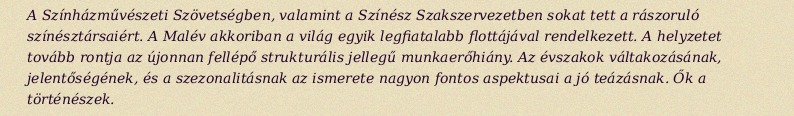
A Színházművészeti Szövetségben, valamint a Színész Szakszervezetben sokat tett a rászoruló színésztársaiért. A Malév akkoriban a világ egyik legfiatalabb flottájával rendelkezett. A helyzetet tovább rontja az újonnan fellépő strukturális jellegű munkaerőhiány. Az évszakok váltakozásának, jelentőségének, és a szezonalitásnak az ismerete nagyon fontos aspektusai a jó teázásnak. Ők a történészek.